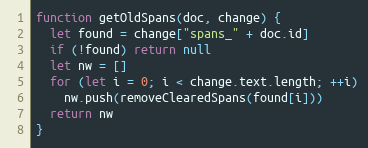
Language: JavaScript
function getOldSpans(doc, change) {
  let found = change["spans_" + doc.id]
  if (!found) return null
  let nw = []
  for (let i = 0; i < change.text.length; ++i)
    nw.push(removeClearedSpans(found[i]))
  return nw
}